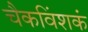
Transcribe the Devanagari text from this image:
चैकविंशकं